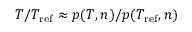
T / T _ { \mathrm { r e f } } \approx p ( T , n ) / p ( T _ { \mathrm { r e f } } , n )